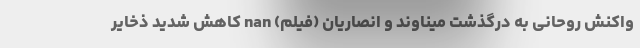
واکنش روحانی به درگذشت میناوند و انصاریان (فیلم) nan کاهش شدید ذخایر